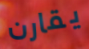
يقارن